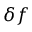
\delta f